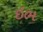
ઇભ